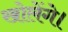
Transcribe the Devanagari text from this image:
खोलेंगे।